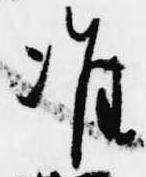
准